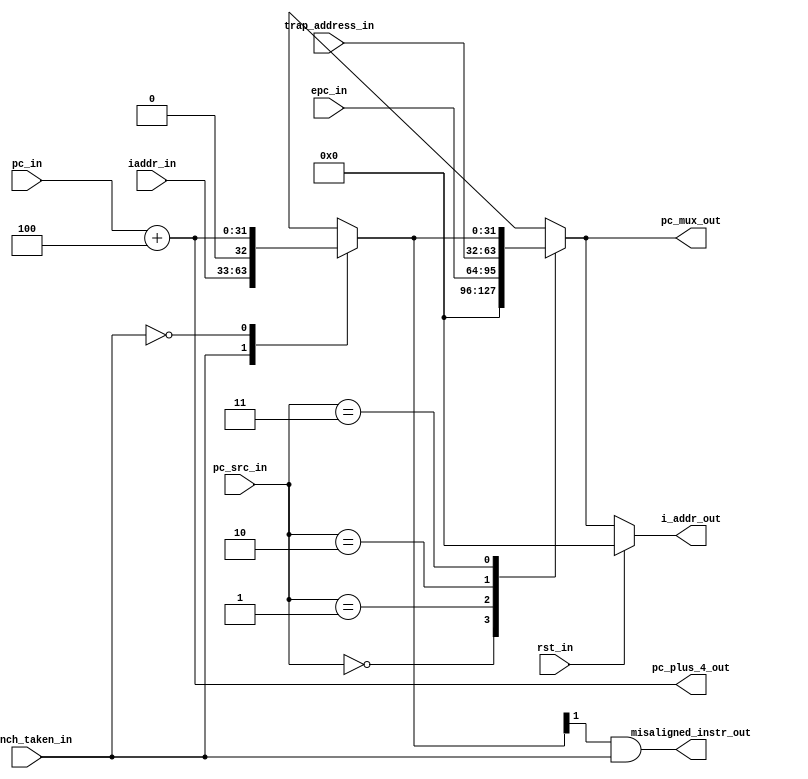
module msrv32_pc(rst_in , pc_src_in , pc_in , epc_in , trap_address_in , branch_taken_in ,iaddr_in , misaligned_instr_out, pc_mux_out , pc_plus_4_out , i_addr_out);
input rst_in, branch_taken_in;
input [1:0] pc_src_in;
input [31:0] pc_in , epc_in , trap_address_in;
input [31:1] iaddr_in;
output misaligned_instr_out ;
output reg [31:0] pc_mux_out , pc_plus_4_out , i_addr_out;

reg [31:0] ladder_out , next_pc ;
parameter boot_address = 32'h00000000 ; 


always @ (*)
begin
ladder_out = {iaddr_in , 1'b0};
pc_plus_4_out = pc_in + 32'h00000004;
case(branch_taken_in)
1'b1:next_pc = ladder_out;
1'b0:next_pc = pc_plus_4_out;
endcase
end

always @(*)
begin
case(pc_src_in)
2'b00 : pc_mux_out = boot_address;
2'b01 : pc_mux_out = epc_in;
2'b10 : pc_mux_out = trap_address_in;
2'b11 : pc_mux_out = next_pc;
default : pc_mux_out = next_pc;
endcase
end

assign misaligned_instr_out = next_pc[1] & branch_taken_in ;

always @ ( * )
begin 
if ( rst_in)
i_addr_out = boot_address;
else
i_addr_out = pc_mux_out;
end
endmodule